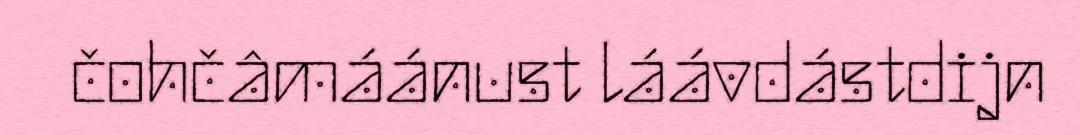
čohčâmáánust láávdástdijn